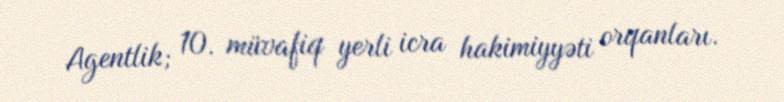
Agentlik; 10. müvafiq yerli icra hakimiyyəti orqanları.